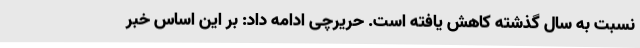
نسبت به سال گذشته کاهش یافته است. حریرچی ادامه داد: بر این اساس خبر